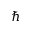
\hbar